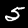
Label: 5